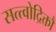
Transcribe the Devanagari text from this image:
सत्त्वोद्रिक्तौ